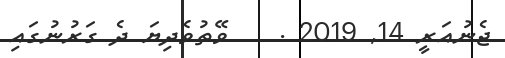
ޖެނުއަރީ 14